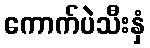
ကောက်ပဲသီးနှံ